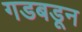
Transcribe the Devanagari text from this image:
गडबडून